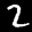
Label: 2